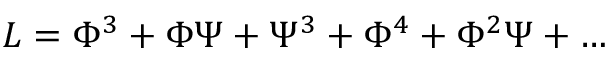
L = \Phi ^ { 3 } + \Phi \Psi + \Psi ^ { 3 } + \Phi ^ { 4 } + \Phi ^ { 2 } \Psi + \dots